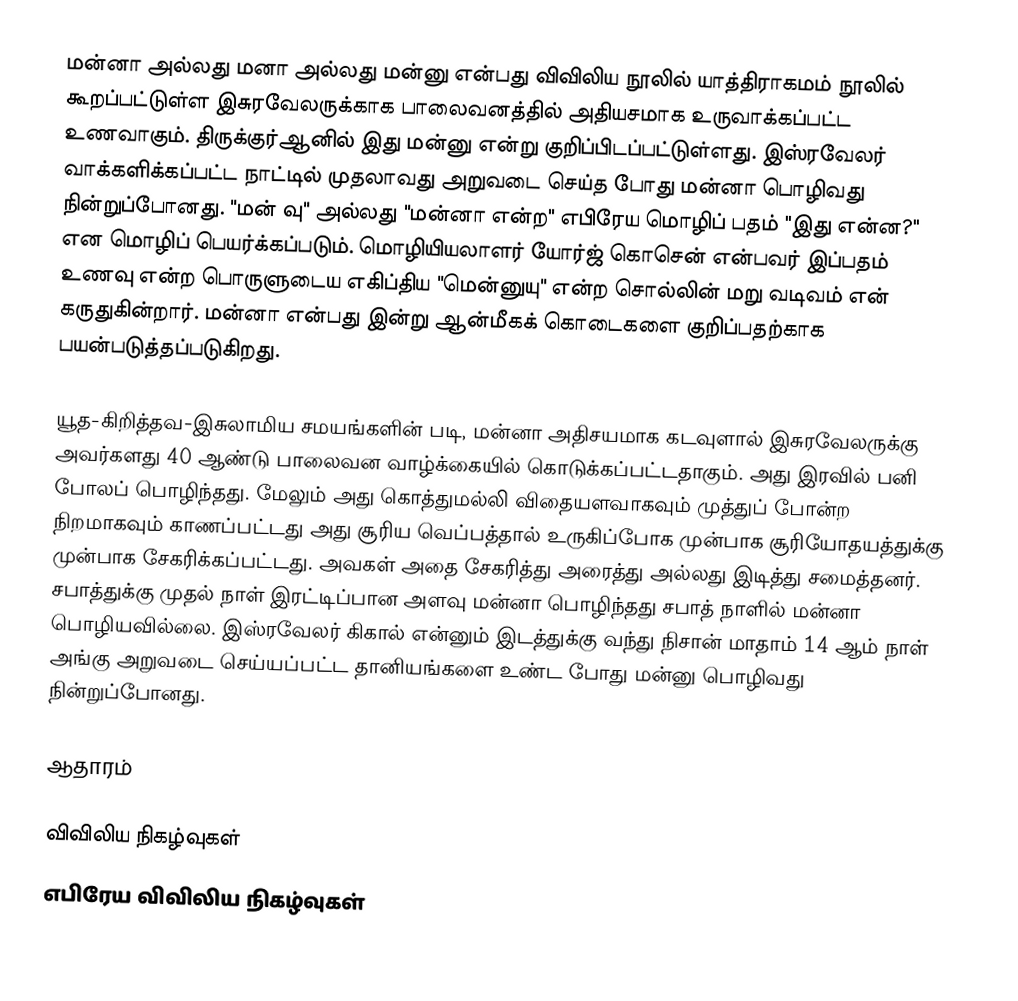
மன்னா அல்லது மனா அல்லது மன்னு என்பது விவிலிய நூலில் யாத்திராகமம் நூலில் கூறப்பட்டுள்ள இசுரவேலருக்காக பாலைவனத்தில் அதியசமாக உருவாக்கப்பட்ட  உணவாகும். திருக்குர்ஆனில் இது மன்னு என்று குறிப்பிடப்பட்டுள்ளது. இஸ்ரவேலர் வாக்களிக்கப்பட்ட நாட்டில் முதலாவது அறுவடை செய்த போது மன்னா பொழிவது நின்றுப்போனது. "மன் வு" அல்லது "மன்னா என்ற" எபிரேய மொழிப் பதம் "இது என்ன?" என மொழிப் பெயர்க்கப்படும். மொழியியலாளர் யோர்ஜ் கொசென் என்பவர் இப்பதம் உணவு என்ற பொருளுடைய எகிப்திய "மென்னுயு" என்ற சொல்லின் மறு வடிவம் என் கருதுகின்றார். மன்னா என்பது இன்று ஆன்மீகக் கொடைகளை குறிப்பதற்காக பயன்படுத்தப்படுகிறது.

யூத-கிறித்தவ-இசுலாமிய சமயங்களின் படி, மன்னா அதிசயமாக கடவுளால் இசுரவேலருக்கு அவர்களது 40 ஆண்டு பாலைவன வாழ்க்கையில் கொடுக்கப்பட்டதாகும். அது இரவில் பனி போலப் பொழிந்தது. மேலும் அது கொத்துமல்லி விதையளவாகவும் முத்துப் போன்ற நிறமாகவும் காணப்பட்டது அது சூரிய வெப்பத்தால் உருகிப்போக முன்பாக சூரியோதயத்துக்கு முன்பாக சேகரிக்கப்பட்டது. அவகள் அதை சேகரித்து அரைத்து அல்லது இடித்து சமைத்தனர். சபாத்துக்கு முதல் நாள் இரட்டிப்பான அளவு மன்னா பொழிந்தது சபாத் நாளில் மன்னா பொழியவில்லை. இஸ்ரவேலர் கிகால் என்னும் இடத்துக்கு வந்து நிசான் மாதாம் 14 ஆம் நாள் அங்கு அறுவடை செய்யப்பட்ட தானியங்களை உண்ட போது மன்னு பொழிவது நின்றுப்போனது.

ஆதாரம்

விவிலிய நிகழ்வுகள்
எபிரேய விவிலிய நிகழ்வுகள்